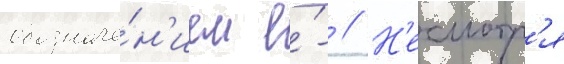
обозначе́н'ием е́- // Н'есмотр'я